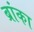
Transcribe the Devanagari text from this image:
ब्रांका